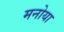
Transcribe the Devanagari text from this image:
मनोया